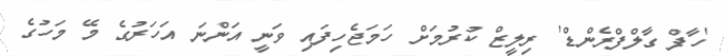
'ހާފް ގާލްފްރެންޑް' ރިލީޒް ކުރުމަށް ހަމަޖެހިފައި ވަނީ އަންނަ އަހަރުގެ މޭ މަހުގެ